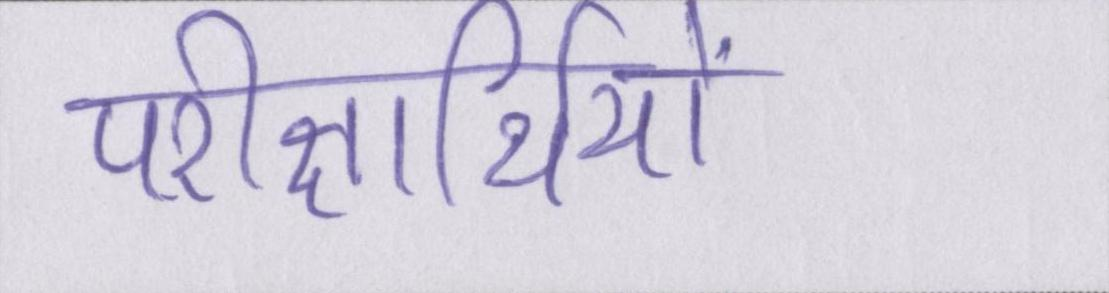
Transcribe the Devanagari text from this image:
परीक्षार्थियों